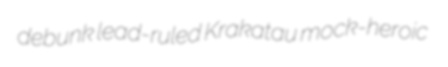
debunk lead-ruled Krakatau mock-heroic